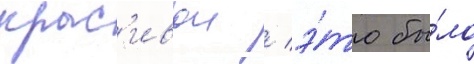
крас'ивои / э́то бы́ло